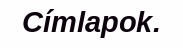
Címlapok.